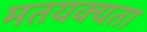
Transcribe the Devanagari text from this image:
मतयक्यता